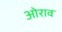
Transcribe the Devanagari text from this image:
ओराव